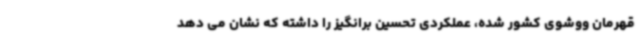
قهرمان ووشوی کشور شده، عملکردی تحسین برانگیز را داشته که نشان می دهد